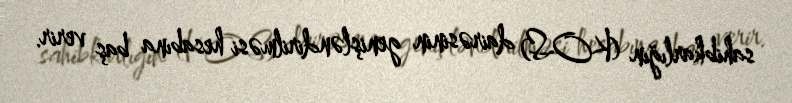
sahibkarlığın (KOS) dairəsinin genişləndirilməsi hesabına baş verir.